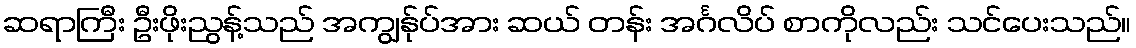
ဆရာကြီး ဦးဖိုးညွန့်သည် အကျွန်ုပ်အား ဆယ် တန်း အင်္ဂလိပ် စာကိုလည်း သင်ပေးသည်။